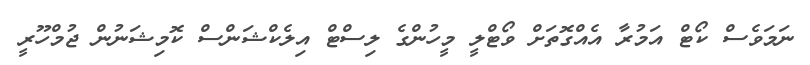
ނަމަވެސް ކޯޓް އަމުރާ އެއްގޮތަށް ވޯޓްލީ މީހުންގެ ލިސްޓް އިލެކްޝަންސް ކޮމިޝަނުން ޖުމްހޫރީ